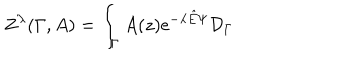
Z ^ { \lambda } ( \Gamma , A ) = \int _ { \Gamma } A ( z ) \mathrm { e } ^ { - \lambda { \hat { E } } \Psi } { \cal D } _ { \Gamma }